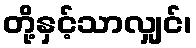
တို့နှင့်သာလျှင်၊